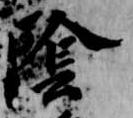
陰